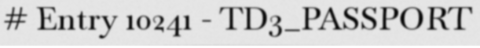
# Entry 10241 - TD3_PASSPORT